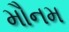
મૌનમ